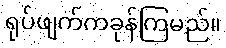
ရုပ်ဖျက်ကခုန်ကြမည်။